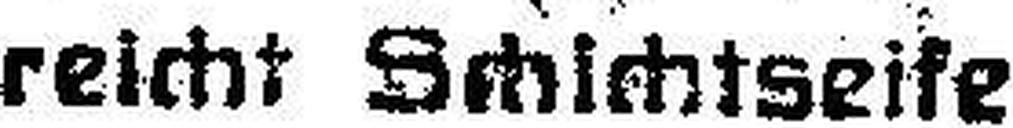
reicht Schichtseife